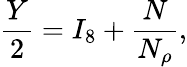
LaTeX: \frac{Y}{2}=I_{8}+\frac{N}{N_{\rho}},